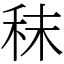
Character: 秣